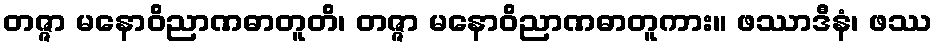
တဇ္ဇာ မနောဝိညာဏဓာတူတိ၊ တဇ္ဇာ မနောဝိညာဏဓာတူကား။ ဖဿာဒီနံ၊ ဖဿ